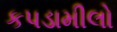
કપડામીલો